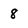
Character: 8